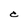
Character: C